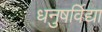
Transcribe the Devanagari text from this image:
धनुषर्विद्या